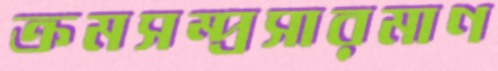
ক্রমসম্প্রসারমাণ